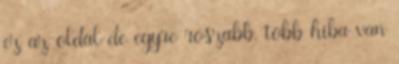
ez az oldal de egyre roszabb. tobb hiba van